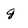
Character: g